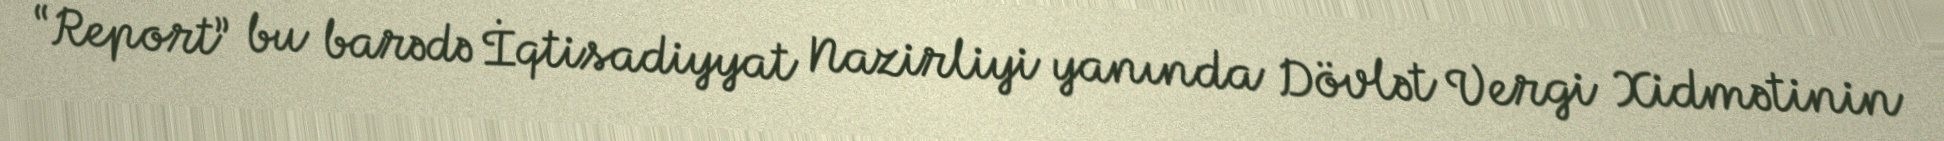
“Report” bu barədə İqtisadiyyat Nazirliyi yanında Dövlət Vergi Xidmətinin